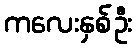
ကလေးနှစ်ဦး